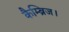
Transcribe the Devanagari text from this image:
कैम्ब्रिज।